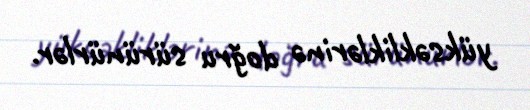
yüksəkliklərinə doğru sürünürlər.